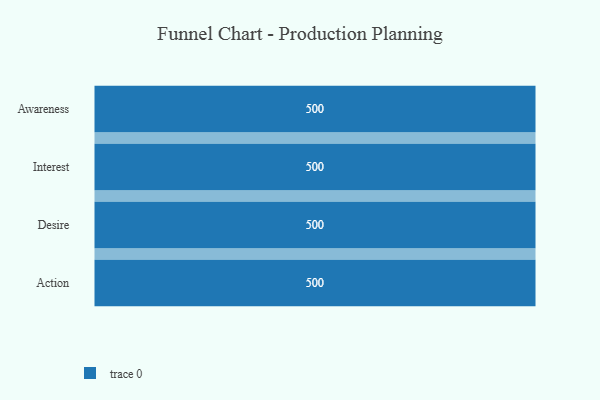
{"axis": {"x": "Stage", "y": "Value"}, "legend": [""], "data": [{"x": "Awareness", "y": 500, "type": ""}, {"x": "Interest", "y": 500, "type": ""}, {"x": "Desire", "y": 500, "type": ""}, {"x": "Action", "y": 500, "type": ""}]}